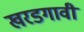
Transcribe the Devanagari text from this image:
खरडगावी